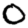
Digit: 0